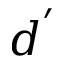
d ^ { ' }